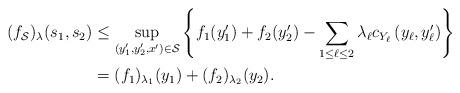
LaTeX: \begin{align*}\begin{aligned}(f_{\mathcal{S}})_\lambda(s_1, s_2) & \leq \sup_{ (y_1^\prime, y_2^\prime, x^\prime ) \in \mathcal{S} } \left\{ f_1(y_1^\prime) + f_2(y_2^\prime) - \sum_{1 \leq \ell \leq 2} \lambda_\ell c_{Y_\ell} \left( y_\ell, y_\ell^\prime \right) \right\} \\&= (f_1 )_{\lambda_1}(y_1) + (f_2 )_{\lambda_2}(y_2).\end{aligned}\end{align*}